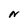
Character: N